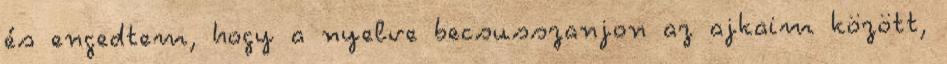
és engedtem, hogy a nyelve becsusszanjon az ajkaim között,